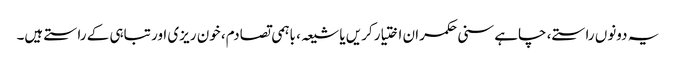
یہ دونوں راستے، چاہے سنی حکمران اختیار کریں یا شیعہ، باہمی تصادم، خون ریزی اور تباہی کے راستے ہیں۔